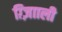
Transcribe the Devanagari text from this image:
ग़्ज़ाािली